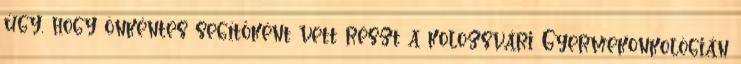
úgy, hogy önkéntes segítőként vett részt a kolozsvári Gyermekonkológián